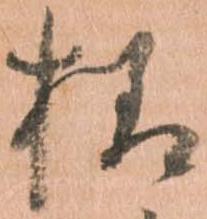
様